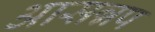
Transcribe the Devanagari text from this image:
आसन्नप